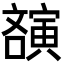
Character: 𡫫